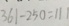
3 6 1 - 2 5 0 = 1 1 1